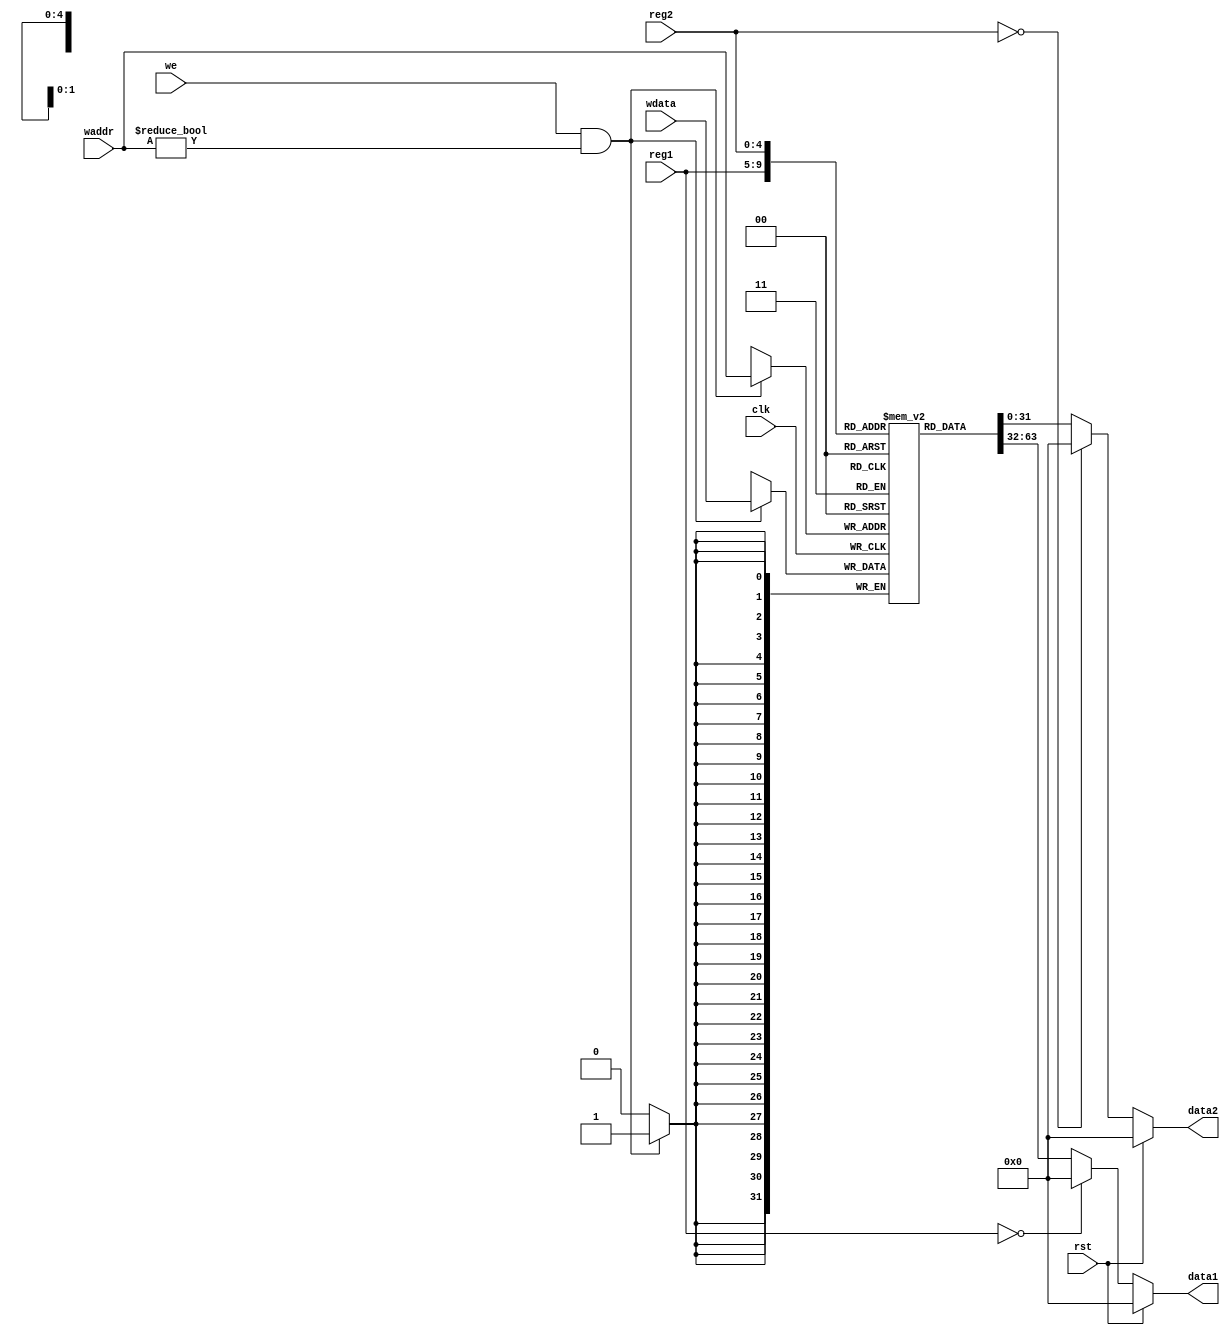
module regfile(
    input wire clk,
    input wire rst,
    input wire [4:0] reg1, // reg1 addr
    input wire [4:0] reg2, // reg2 addr
    output reg [31:0] data1,
    output reg [31:0] data2,

    input wire we, // write enable
    input wire [4:0] waddr, // write addr
    input wire [31:0] wdata // write data
);
    reg [31:0] rf [31:0];
    always @ (posedge clk) begin
        if (we == 1'b1 && waddr != 5'b0) begin
            rf[waddr] <= wdata;
        end
    end

    always @ (*) begin
        if (rst == 1'b1) begin
            data1 = 32'b0;
        end
        else if (reg1 == 4'b0) begin
            data1 = 32'b0;
        end
        else begin
            data1 = rf[reg1];
        end
    end

    always @ (*) begin
        if (rst == 1'b1) begin
            data2 = 32'b0;
        end
        else if (reg2 == 4'b0) begin
            data2 = 32'b0;
        end
        else begin
            data2 = rf[reg2];
        end
    end
endmodule